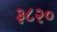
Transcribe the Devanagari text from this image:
३८२०